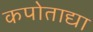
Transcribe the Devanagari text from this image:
कपोताद्या